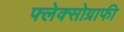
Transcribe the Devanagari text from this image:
फ्लेक्सोग्राफी